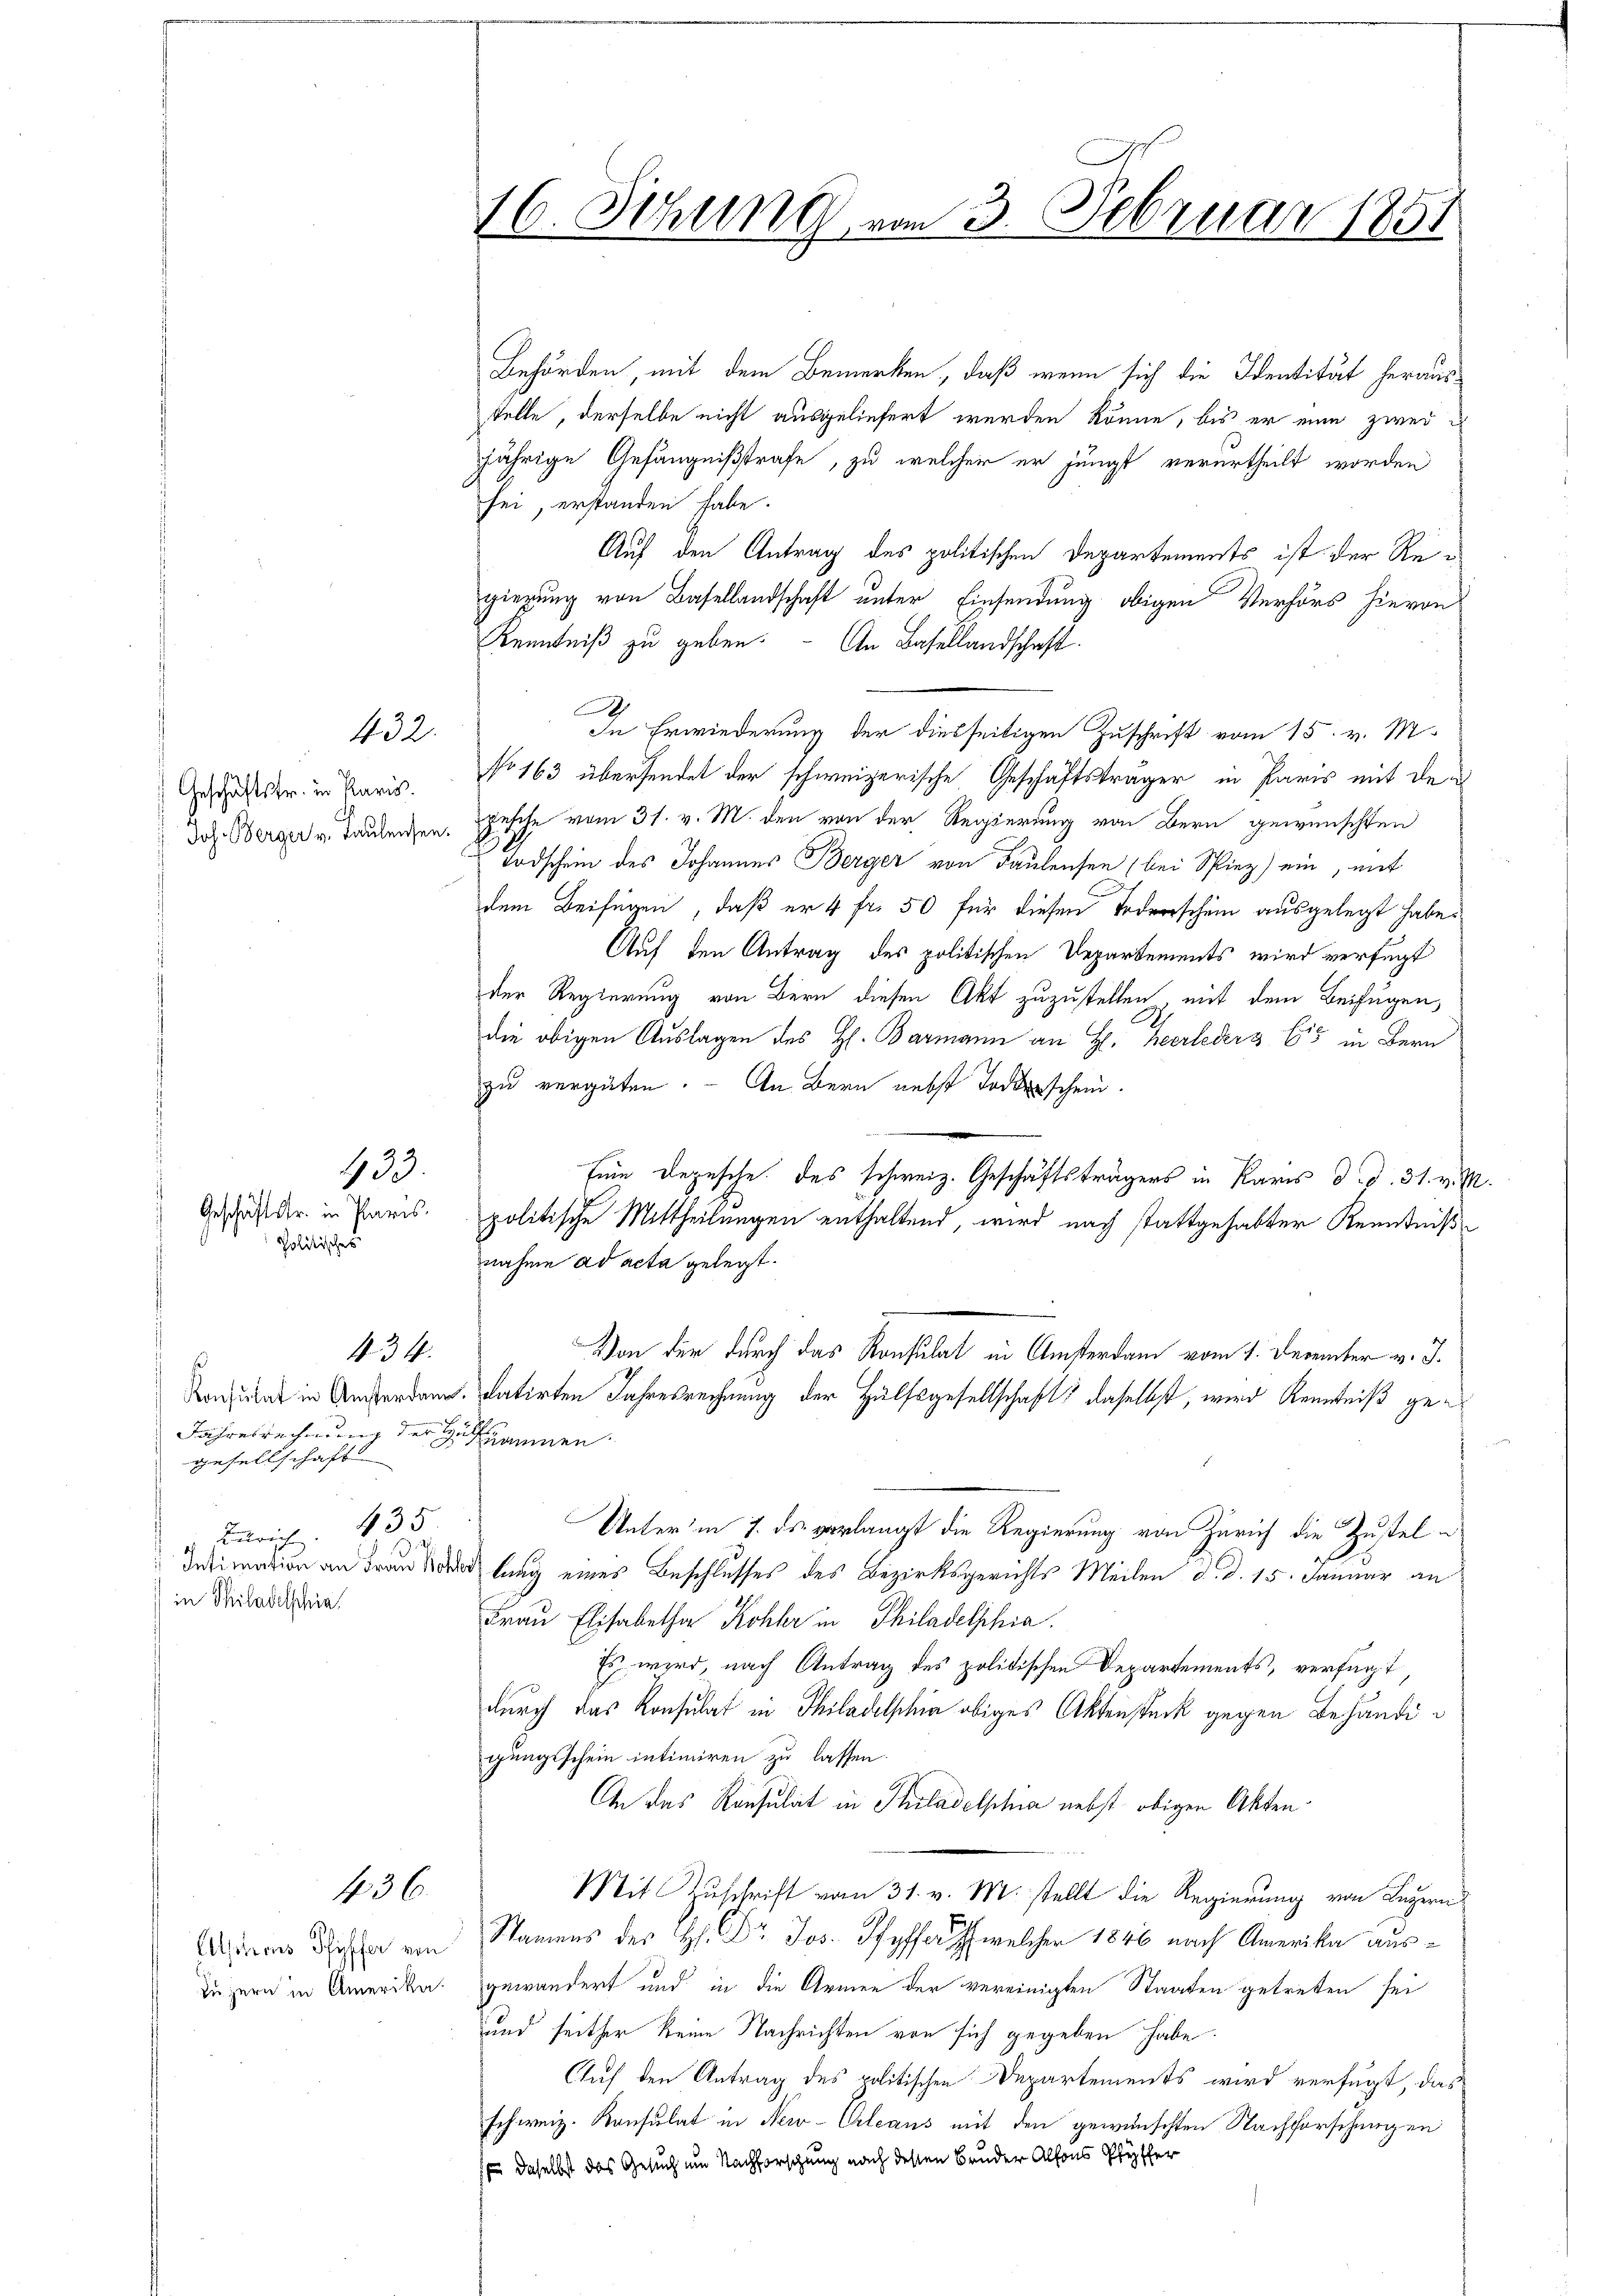
Geschäftstr. in Paris.

Politisches

432.

433.
Geschäftstr. in Paris.

Jahresrechnung der Gesammen.
gesellschaft
nrich 435.
in Philadelschie¬

44.

436

Behörden, mit dem Bemerken, daß wenn sich die Identität heraustelle, derselbe nicht ausgeliefert werden könne, bis er eine zweijährige Gefängnißstrafe, zu welcher er jüngst verurtheilt worden
sei, erstanden habe.
Auf den Antrag des politischen Departements ist der Regierung von Basellandschaft unter Einsendung obigen Verhörs hievon
Kenntniß zu geben. An Basellandschaft.
.
In Erwiederung der diesseitigen Zuschrift vom 15. v. M.
No 163 übersendet der schweizerische Geschäftsträger in Paris mit den
Joh. Berger v. Tauleiten. Besche vom 31. v. M. den von der Regierung von Bern gewünschten
Todschein des Johannes Berger von Faulensen (bei Spiez) ein, mit
dem Beifügen, daß er 4 fr. 50 für diesen Federschein ausgelegt habe.
Auf den Antrag des politischen Departements wird verfügt
der Regierung von Bern diesen Akt zuzustellen, mit dem Beifügen,
die obigen Auslagen des H. Barmann an H. Zeerleder 3. 655 in Bern
zu vergüten. – An Bern nebst Todesschein.

Eine Depesche. Das schweiz. Geschäftsträgers in Karis d. d. 31. v. M.
politische Mittheilungen enthaltend, wird nach stattgehabter Kenntniß
nahme ad acta gelegt.
Von der durch das Konsulat in Amsterdam vom 1. Denunter v. J.
Konsung in Anerkann. datirten Jahresrechnung der Hülfsgesellschaft daselbst, wird Kenntniß ge¬
Unter in 7. ds verlangt die Regierung von Zürich die Zusteling eines Beschlusses des Bezirksgerichts Meilen d. d. 15. Januar an
Frau Elisabetha Kohler in Philadelphia
Es wird, nach Antrag des politischen Departements, verfügt
durch das Konsulat in Philadelphia obiges Aktenstück gegen Behändigungsschein intimiren zu lassen.
An das Konsulat in Philadelphia nebst obigen Akten¬
Mit Zuschrift vom 31. v. M. stellt die Regierung von Luzern
Asiens diese von Namens des H. Dr. Jos. Pfyffer welcher 1846 nach Amerika ausduzern in Amerika, gewändert und in die Armen der vereinigten Staaten getreten sei
und seither keine Nachrichten von sich gegeben habe.
Auf den Antrag des politischen Departements wird verfügt, das
schweiz. Konsulat in New-Orleaus mit den gewünschten Nachforschungen
f daselbst das Gesuch um Nachforschung nach dessen Bruder Alfons Pfyffer

16. Sitzung vom 3. Februar 1851